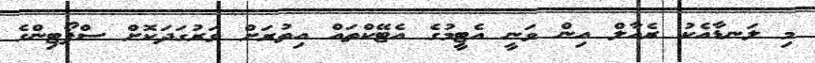
މި ލަނޑާއެކު ރެއާލް އިން ވަނީ އެޓީމުގެ އެޓޭކްތައް އިތުރަށް ވަރުގަދަކޮށް ސްޕޯޓިންގެ